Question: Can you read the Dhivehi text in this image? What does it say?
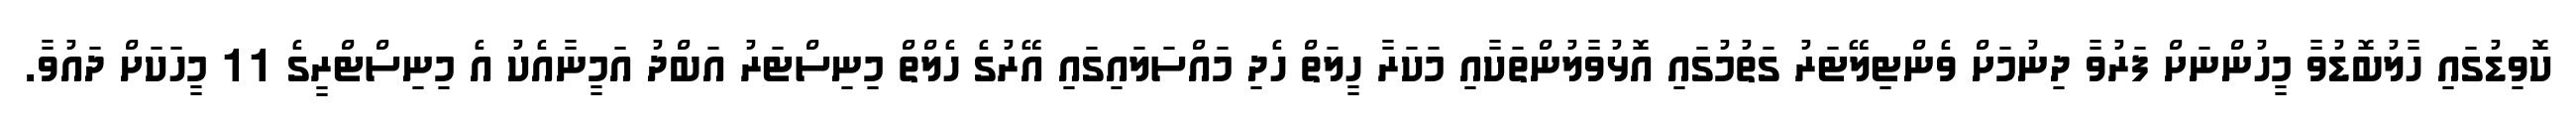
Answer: ކޮވިޑުގައި ހާލުބޮޑުވާ މީހުންނަށް ފަރުވާ ދިނުމަށް ވެންޓިލޭޓަރު ގަތުމުގައި އޮޅުވާލުންތަކާއި މަކަރާ ހީލަތް ހެދި މައްސަލައިގައި އޭރުގެ ހެލްތް މިނިސްޓަރު އަބްދު އަމީނާއެކު އެ މިނިސްޓްރީގެ 11 މީހަކަށް ދައުވާ.